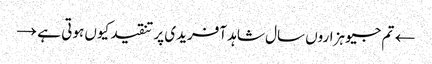
← تم جیو ہزاروں سال	شاہد آفریدی پر تنقید کیوں ہوتی ہے →